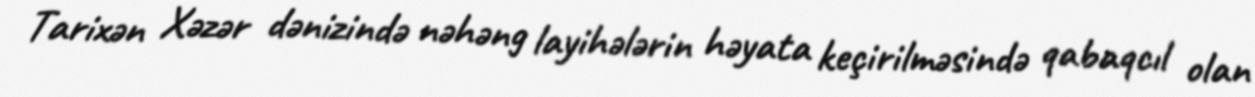
Tarixən Xəzər dənizində nəhəng layihələrin həyata keçirilməsində qabaqcıl olan